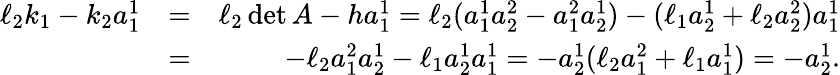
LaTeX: \begin{array}{rlr}{\ell_{2}k_{1}-k_{2}a_{1}^{1}}&{=}&{\ell_{2}\operatorname*{det}A-ha_{1}^{1}=\ell_{2}(a_{1}^{1}a_{2}^{2}-a_{1}^{2}a_{2}^{1})-(\ell_{1}a_{2}^{1}+\ell_{2}a_{2}^{2})a_{1}^{1}}\\ &{=}&{-\ell_{2}a_{1}^{2}a_{2}^{1}-\ell_{1}a_{2}^{1}a_{1}^{1}=-a_{2}^{1}(\ell_{2}a_{1}^{2}+\ell_{1}a_{1}^{1})=-a_{2}^{1}.}\end{array}